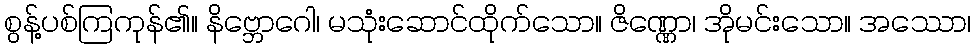
စွန့်ပစ်ကြကုန်၏။ နိဗ္ဘောဂေါ၊ မသုံးဆောင်ထိုက်သော။ ဇိဏ္ဏော၊ အိုမင်းသော။ အဿော၊